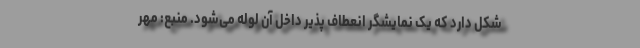
شکل دارد که یک نمایشگر انعطاف پذیر داخل آن لوله می‌شود. منبع: مهر